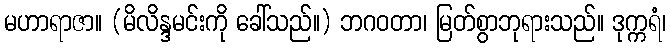
မဟာရာဇာ။ (မိလိန္ဒမင်းကို ခေါ်သည်။) ဘဂဝတာ၊ မြတ်စွာဘုရားသည်။ ဒုက္ကရံ၊